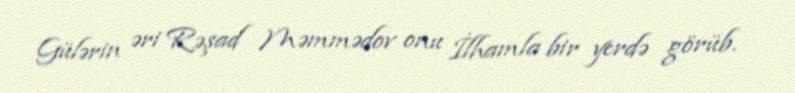
Gülərin əri Rəşad Məmmədov onu İlhamla bir yerdə görüb.